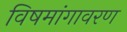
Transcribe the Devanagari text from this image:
विषमांगावरण